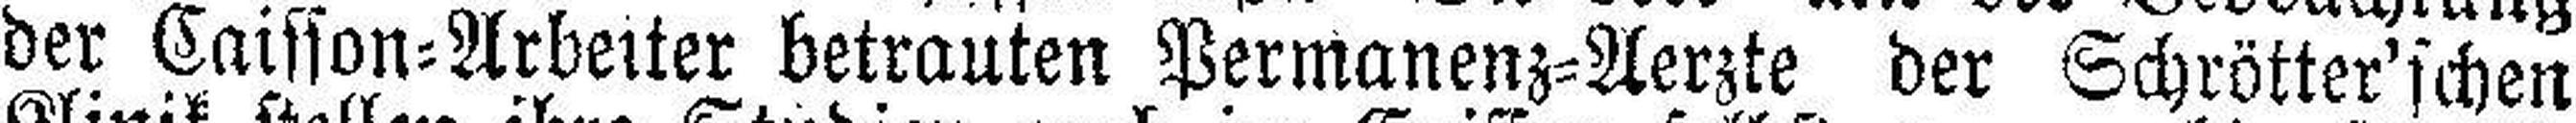
der Caisson=Arbeiter betrauten Permanenz=Aerzte der Schrötter'schen